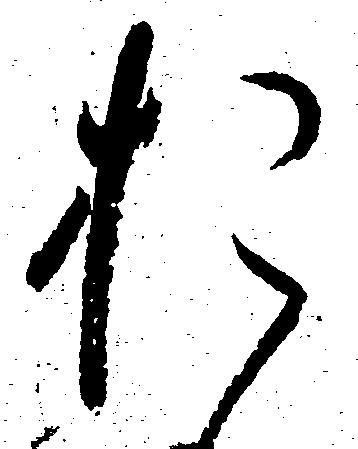
お